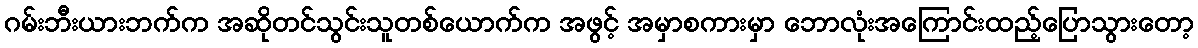
ဂမ်းဘီးယားဘက်က အဆိုတင်သွင်းသူတစ်ယောက်က အဖွင့် အမှာစကားမှာ ဘောလုံးအကြောင်းထည့်ပြောသွားတော့